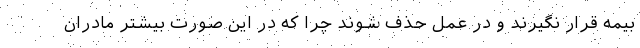
بیمه قرار نگیرند و در عمل حذف شوند چرا که در این صورت بیشتر مادران